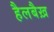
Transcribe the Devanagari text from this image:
हैलबैख़